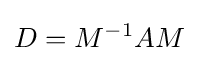
D=M^{-1}AM